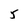
Character: 5